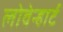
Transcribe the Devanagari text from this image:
लोवेन्हार्ट